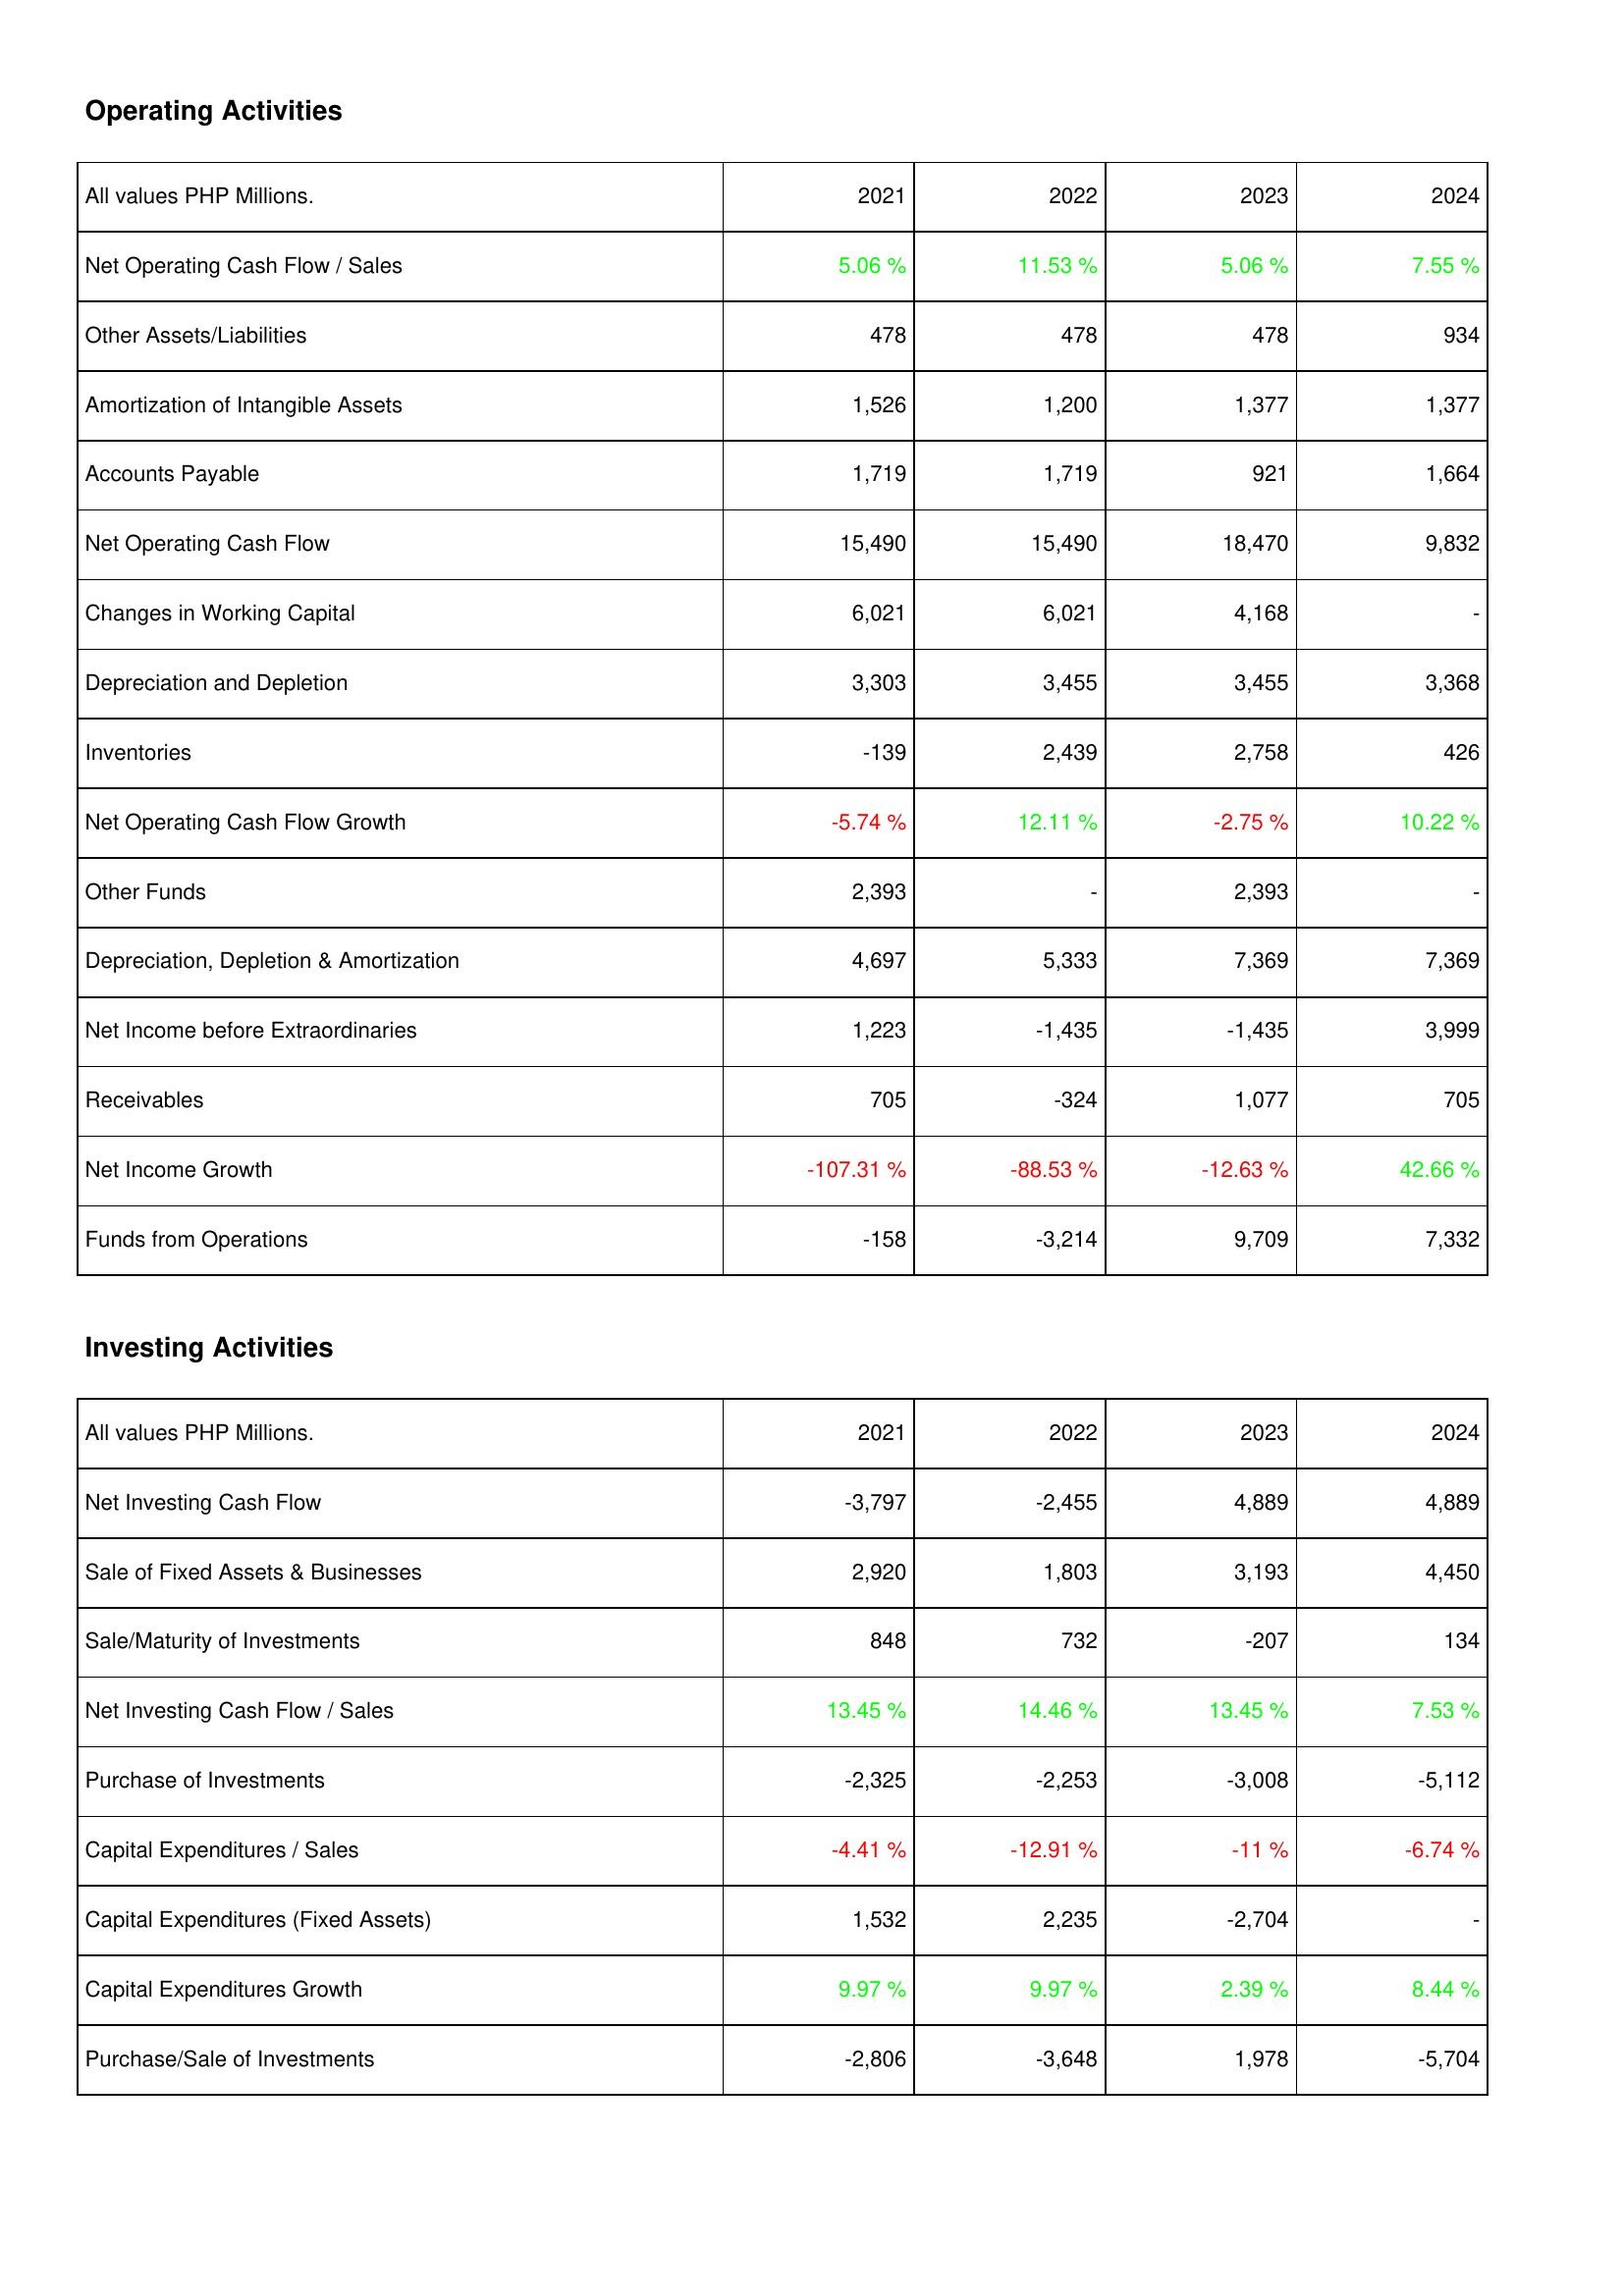
2021: Operating Activities: Net Operating Cash Flow / Sales: 5.06 %
Other Assets/Liabilities: 478
Amortization of Intangible Assets: 1,526
Accounts Payable: 1,719
Net Operating Cash Flow: 15,490
Changes in Working Capital: 6,021
Depreciation and Depletion: 3,303
Inventories: -139
Net Operating Cash Flow Growth: -5.74 %
Other Funds: 2,393
Depreciation, Depletion & Amortization: 4,697
Net Income before Extraordinaries: 1,223
Receivables: 705
Net Income Growth: -107.31 %
Funds from Operations: -158
Investing Activities: Net Investing Cash Flow: -3,797
Sale of Fixed Assets & Businesses: 2,920
Sale/Maturity of Investments: 848
Net Investing Cash Flow / Sales: 13.45 %
Purchase of Investments: -2,325
Capital Expenditures / Sales: -4.41 %
Capital Expenditures (Fixed Assets): 1,532
Capital Expenditures Growth: 9.97 %
Purchase/Sale of Investments: -2,806
2022: Operating Activities: Net Operating Cash Flow / Sales: 11.53 %
Other Assets/Liabilities: 478
Amortization of Intangible Assets: 1,200
Accounts Payable: 1,719
Net Operating Cash Flow: 15,490
Changes in Working Capital: 6,021
Depreciation and Depletion: 3,455
Inventories: 2,439
Net Operating Cash Flow Growth: 12.11 %
Other Funds: -
Depreciation, Depletion & Amortization: 5,333
Net Income before Extraordinaries: -1,435
Receivables: -324
Net Income Growth: -88.53 %
Funds from Operations: -3,214
Investing Activities: Net Investing Cash Flow: -2,455
Sale of Fixed Assets & Businesses: 1,803
Sale/Maturity of Investments: 732
Net Investing Cash Flow / Sales: 14.46 %
Purchase of Investments: -2,253
Capital Expenditures / Sales: -12.91 %
Capital Expenditures (Fixed Assets): 2,235
Capital Expenditures Growth: 9.97 %
Purchase/Sale of Investments: -3,648
2023: Operating Activities: Net Operating Cash Flow / Sales: 5.06 %
Other Assets/Liabilities: 478
Amortization of Intangible Assets: 1,377
Accounts Payable: 921
Net Operating Cash Flow: 18,470
Changes in Working Capital: 4,168
Depreciation and Depletion: 3,455
Inventories: 2,758
Net Operating Cash Flow Growth: -2.75 %
Other Funds: 2,393
Depreciation, Depletion & Amortization: 7,369
Net Income before Extraordinaries: -1,435
Receivables: 1,077
Net Income Growth: -12.63 %
Funds from Operations: 9,709
Investing Activities: Net Investing Cash Flow: 4,889
Sale of Fixed Assets & Businesses: 3,193
Sale/Maturity of Investments: -207
Net Investing Cash Flow / Sales: 13.45 %
Purchase of Investments: -3,008
Capital Expenditures / Sales: -11 %
Capital Expenditures (Fixed Assets): -2,704
Capital Expenditures Growth: 2.39 %
Purchase/Sale of Investments: 1,978
2024: Operating Activities: Net Operating Cash Flow / Sales: 7.55 %
Other Assets/Liabilities: 934
Amortization of Intangible Assets: 1,377
Accounts Payable: 1,664
Net Operating Cash Flow: 9,832
Changes in Working Capital: -
Depreciation and Depletion: 3,368
Inventories: 426
Net Operating Cash Flow Growth: 10.22 %
Other Funds: -
Depreciation, Depletion & Amortization: 7,369
Net Income before Extraordinaries: 3,999
Receivables: 705
Net Income Growth: 42.66 %
Funds from Operations: 7,332
Investing Activities: Net Investing Cash Flow: 4,889
Sale of Fixed Assets & Businesses: 4,450
Sale/Maturity of Investments: 134
Net Investing Cash Flow / Sales: 7.53 %
Purchase of Investments: -5,112
Capital Expenditures / Sales: -6.74 %
Capital Expenditures (Fixed Assets): -
Capital Expenditures Growth: 8.44 %
Purchase/Sale of Investments: -5,704